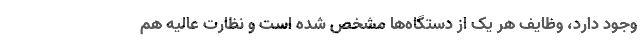
وجود دارد، وظایف هر یک از دستگاه‌ها مشخص شده است و نظارت عالیه هم